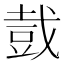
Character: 𧯥